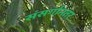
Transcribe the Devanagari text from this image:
संसर्गानतर